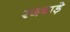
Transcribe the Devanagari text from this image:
रजबाड़े